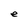
Character: e